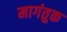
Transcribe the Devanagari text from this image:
मागंतुक